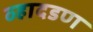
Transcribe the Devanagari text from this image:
व्हादडण